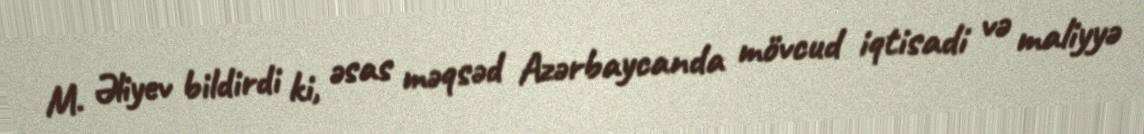
M. Əliyev bildirdi ki, əsas məqsəd Azərbaycanda mövcud iqtisadi və maliyyə